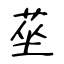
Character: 莝